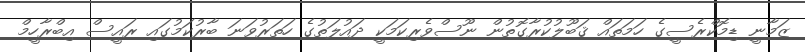
ޒަމާނީ ޑިމޮކްރެސީގެ ހަމަތައް ޤަބޫލުކުރާގޮތުން ނޫސްވެރިކަމަކީ ދައުލަތުގެ ހަތަރުވަނަ ބާރުކަމުގައި ރައީސް އިބްރާހީމް